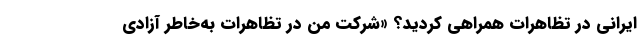
ایرانی در تظاهرات همراهی کردید؟ «شرکت من در تظاهرات به‌خاطر آزادی